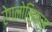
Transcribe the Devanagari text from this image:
रेगनोमिक्स